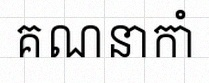
គណនាកាំ